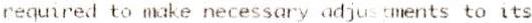
REQUIRED TO MAKE NECESSARY ADJUSTMENTS TO ITS